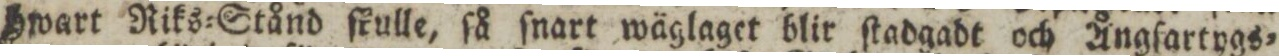
hwart Riks=Stånd ſkulle, ſå ſnart wäglaget blir ſtadgadt och Ångſartygs=